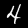
Label: 4